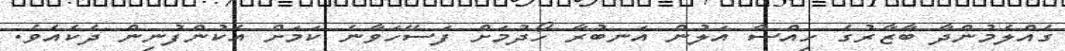
ގެއްލެމުންދާ ބާޒާރުގެ ހިއްސާ އަލުން އަނބުރާ ހޯދުމަށް ފަސޭހަވާނެ ކަމަށް އެކުންފުނިން ދެކެއެވެ.